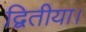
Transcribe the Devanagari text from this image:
द्वितीया।